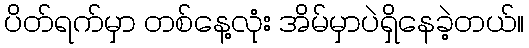
ပိတ်ရက်မှာ တစ်နေ့လုံး အိမ်မှာပဲရှိနေခဲ့တယ်။